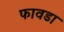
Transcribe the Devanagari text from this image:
फावडा